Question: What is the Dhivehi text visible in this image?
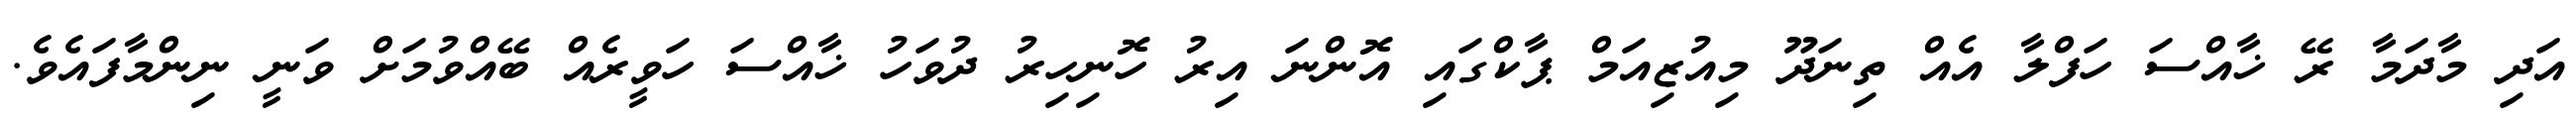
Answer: އަދި މާދަމާ ރޭ ޚާއްސަ ހަފްލާ އެއް ތިނަދޫ މިއުޒިއަމް ޕާކްގައި އޮންނަ އިރު ހޮނިހިރު ދުވަހު ޚާއްސަ ހަވީރެއް ބޭއްވުމަށް ވަނީ ނިންމާފައެވެ.